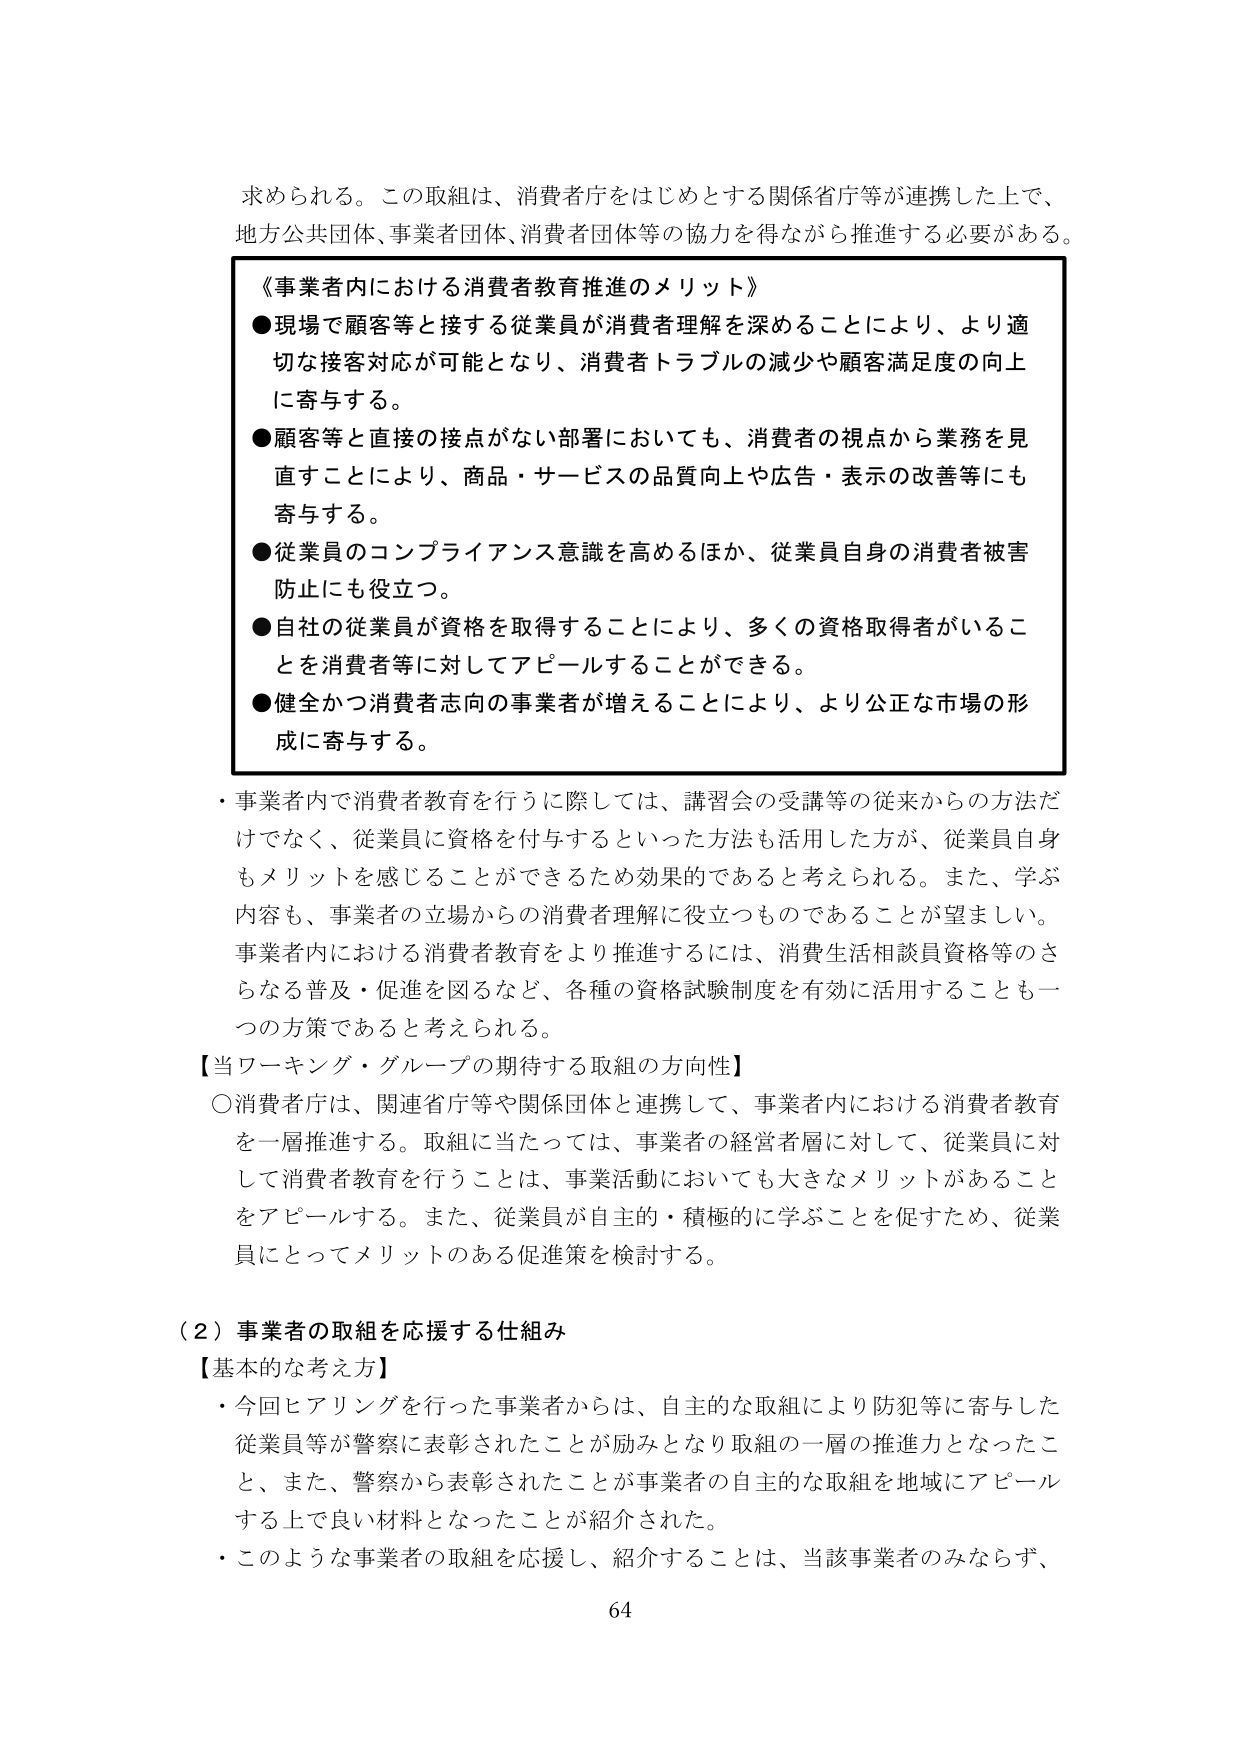
求められる。この取組は、消費者庁をはじめとする関係省庁等が連携した上で、
地方公共団体、事業者団体、消費者団体等の協力を得ながら推進する必要がある。

《事業者内における消費者教育推進のメリット》
●現場で顧客等と接する従業員が消費者理解を深めることにより、より適切な接客対応が可能となり、消費者トラブルの減少や顧客満足度の向上に寄与する。
●顧客等と直接の接点がない部署においても、消費者の視点から業務を見直すことにより、商品・サービスの品質向上や広告・表示の改善等にも寄与する。
●従業員のコンプライアンス意識を高めるほか、従業員自身の消費者被害防止にも役立つ。
●自社の従業員が資格を取得することにより、多くの資格取得者がいることを消費者等に対してアピールすることができる。
●健全かつ消費者志向の事業者が増えることにより、より公正な市場の形成に寄与する。

・事業者内で消費者教育を行うに際しては、講習会の受講等の従来からの方法だけでなく、従業員に資格を付与するといった方法も活用した方が、従業員自身もメリットを感じることができるため効果的であると考えられる。また、学ぶ内容も、事業者の立場からの消費者理解に役立つものであることが望ましい。事業者内における消費者教育をより推進するには、消費生活相談員資格等のさらなる普及・促進を図るなど、各種の資格試験制度を有効に活用することも一つの方策であると考えられる。

【当ワーキング・グループの期待する取組の方向性】
○消費者庁は、関連省庁等や関係団体と連携して、事業者内における消費者教育を一層推進する。取組に当たっては、事業者の経営者層に対して、従業員に対して消費者教育を行うことは、事業活動においても大きなメリットがあることをアピールする。また、従業員が自主的・積極的に学ぶことを促すため、従業員にとってメリットのある促進策を検討する。

（２）事業者の取組を応援する仕組み
【基本的な考え方】
・今回ヒアリングを行った事業者からは、自主的な取組により防犯等に寄与した従業員等が警察に表彰されたことが励みとなり取組の一層の推進力となったこと、また、警察から表彰されたことが事業者の自主的な取組を地域にアピールする上で良い材料となったことが紹介された。
・このような事業者の取組を応援し、紹介することは、当該事業者のみならず、

64